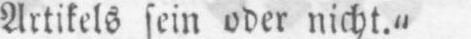
Artikels sein oder nicht.“